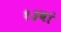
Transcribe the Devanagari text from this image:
१३वां